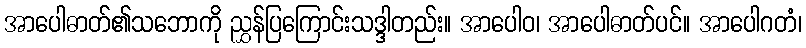
အာပေါဓာတ်၏သဘောကို ညွှန်ပြကြောင်းသဒ္ဒါတည်း။ အာပေါဝ၊ အာပေါဓာတ်ပင်။ အာပေါဂတံ၊